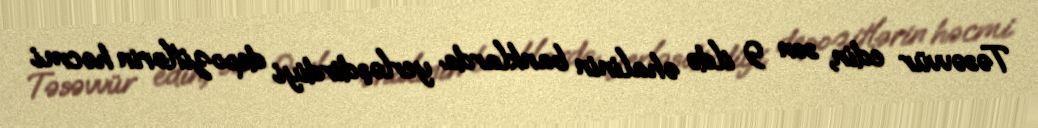
Təsəvvür edin, son 9 ildə əhalinin banklarda yerləşdirdiyi depozitlərin həcmi